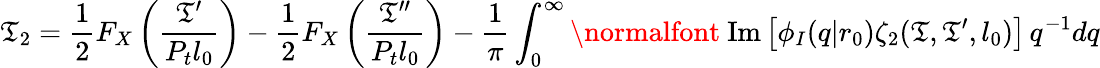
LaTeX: \mathfrak{T}_{2}=\frac{{1}}{{2}}F_{X}\left(\frac{{\mathfrak{T}^{\prime}}}{{P_{t}l_{0}}}\right)-\frac{{1}}{{2}}F_{X}\left(\frac{{\mathfrak{T}^{\prime\prime}}}{{P_{t}l_{0}}}\right)-\frac{{1}}{{\pi}}\int_{0}^{\infty}\mathrm{{\normalfont~Im}}\left[\phi_{I}(q|r_{0})\zeta_{2}(\mathfrak{T},\mathfrak{T}^{\prime},l_{0})\right]\, q^{-1}dq